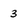
Character: 3